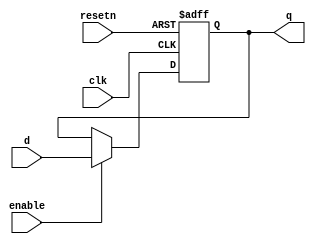
/*
Anthony De Caria

This is a D Flip Flop with a seperate enable.
*/

module D_FF_with_Enable(clk, resetn, enable, d, q);
	
	input clk;
	input resetn;
	input enable;
	input d;
	output reg q;
	
	always @(posedge clk or negedge resetn)
	begin
		if (!resetn)
		begin
			q <= 1'b0;
		end
		else
		begin
			if (enable)
			begin
				q <= d;
			end
		end
	end
	
endmodule